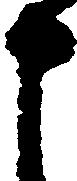
申